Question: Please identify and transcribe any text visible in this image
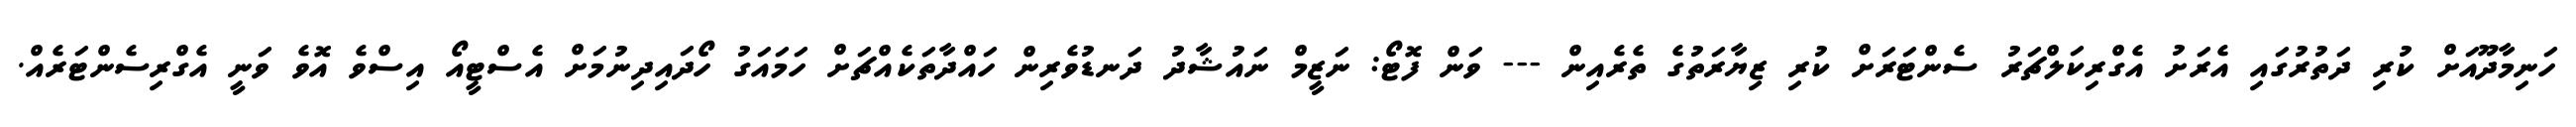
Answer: ހަނިމާދޫއަށް ކުރި ދަތުރުގައި އެރަށު އެގްރިކަލްޗަރު ސެންޓަރަށް ކުރި ޒިޔާރަތުގެ ތެރެއިން --- ވަން ފޮޓޯ: ނަޒީމް ނައުޝާދު ދަނޑުވެރިން ހައްދާތަކެއްޗަށް ހަމައަގު ހޯދައިދިނުމަށް އެސްޓީއޯ އިސްވެ އޮވެ ވަނީ އެގްރިސެންޓަރެއް.